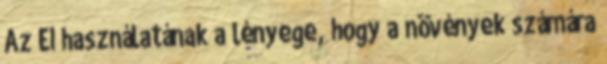
Az EI használatának a lényege, hogy a növények számára